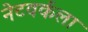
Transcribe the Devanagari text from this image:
नेटवर्कला